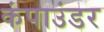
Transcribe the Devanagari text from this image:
कंपाउंडर